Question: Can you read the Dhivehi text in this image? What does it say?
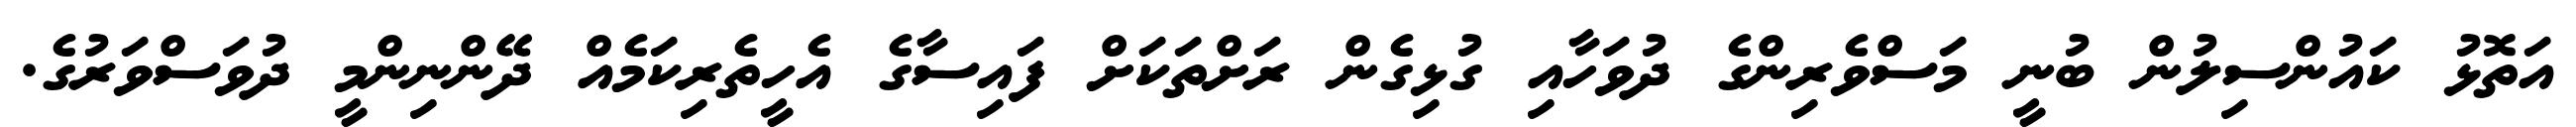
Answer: އަތޮޅު ކައުންސިލުން ބުނީ މަސްވެރިންގެ ދުވަހާއި ގުޅިގެން ރަށްތަކަށް ފައިސާގެ އެހީތެރިކަމެއް ދޭންނިންމީ ދުވަސްވަރުގެ.